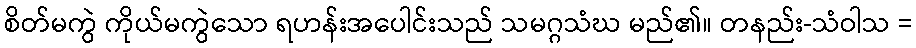
စိတ်မကွဲ ကိုယ်မကွဲသော ရဟန်းအပေါင်းသည် သမဂ္ဂသံဃ မည်၏။ တနည်း-သံဝါသ =